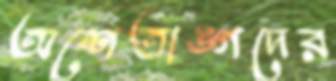
অশেতাঙ্গদের